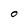
Character: O